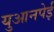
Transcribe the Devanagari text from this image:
युआनपेई